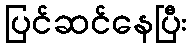
ပြင်ဆင်နေပြီး